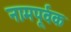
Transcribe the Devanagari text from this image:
नामपूर्वक